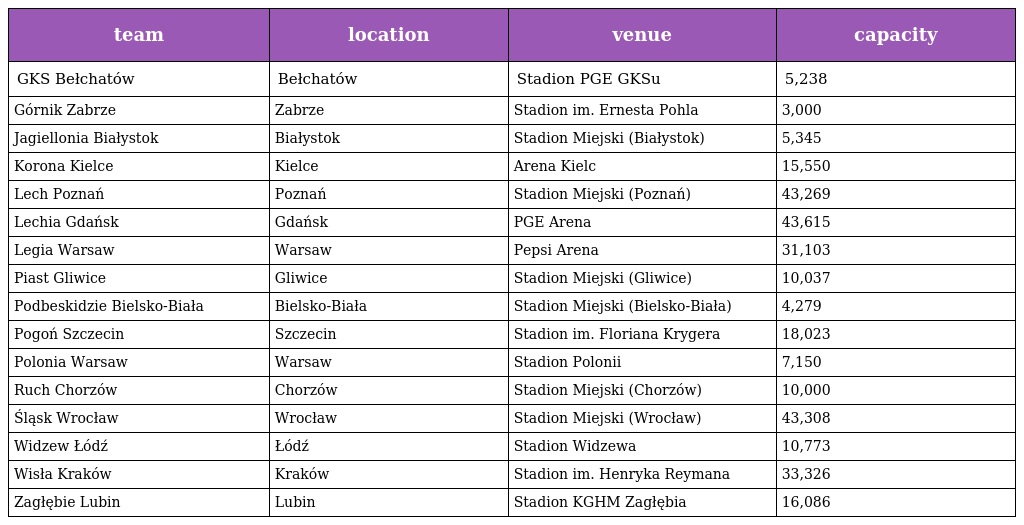
| team | location | venue | capacity |
 | --- | --- | --- | --- |
 | GKS Bełchatów | Bełchatów | Stadion PGE GKSu | 5,238 |
 | Górnik Zabrze | Zabrze | Stadion im. Ernesta Pohla | 3,000 |
 | Jagiellonia Białystok | Białystok | Stadion Miejski (Białystok) | 5,345 |
 | Korona Kielce | Kielce | Arena Kielc | 15,550 |
 | Lech Poznań | Poznań | Stadion Miejski (Poznań) | 43,269 |
 | Lechia Gdańsk | Gdańsk | PGE Arena | 43,615 |
 | Legia Warsaw | Warsaw | Pepsi Arena | 31,103 |
 | Piast Gliwice | Gliwice | Stadion Miejski (Gliwice) | 10,037 |
 | Podbeskidzie Bielsko-Biała | Bielsko-Biała | Stadion Miejski (Bielsko-Biała) | 4,279 |
 | Pogoń Szczecin | Szczecin | Stadion im. Floriana Krygera | 18,023 |
 | Polonia Warsaw | Warsaw | Stadion Polonii | 7,150 |
 | Ruch Chorzów | Chorzów | Stadion Miejski (Chorzów) | 10,000 |
 | Śląsk Wrocław | Wrocław | Stadion Miejski (Wrocław) | 43,308 |
 | Widzew Łódź | Łódź | Stadion Widzewa | 10,773 |
 | Wisła Kraków | Kraków | Stadion im. Henryka Reymana | 33,326 |
 | Zagłębie Lubin | Lubin | Stadion KGHM Zagłębia | 16,086 |